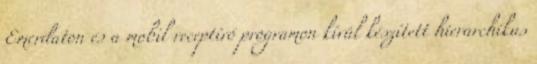
Emerdaton és a mobil receptíró programon kívül készített hierarchikus